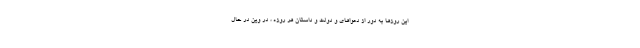
این روزها به دور از دعواهای و دولت و داستان هر روزه ، در وین در حال